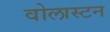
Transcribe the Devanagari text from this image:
वोलास्टन